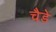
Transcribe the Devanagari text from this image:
चैडे